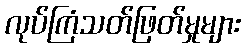
လုပ်ကြံသတ်ဖြတ်မှုများ